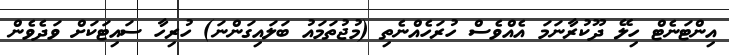
އިންޓަނެޓް ހިލޭ ދޫކުރާނަމަ އެއްވެސް ހުރަހެއްނެތި (މުޖުތަމައު ބަލައިގަންނަ) ހުރިހާ ސައިޓަކަށް ވަދެވެން